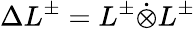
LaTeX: \Delta L^{\pm}=L^{\pm}\dot{\otimes}L^{\pm}